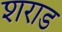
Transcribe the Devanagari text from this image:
शराड